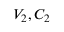
V _ { 2 } , C _ { 2 }